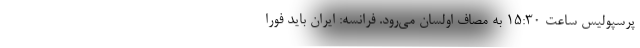
پرسپولیس ساعت 15:30 به مصاف اولسان می‌رود. فرانسه: ایران باید فورا